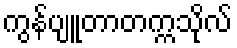
ကွန်ပျူတာတက္ကသိုလ်